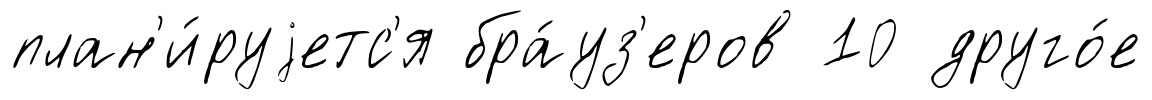
план'и́руjетс'я бра́уз'еров 10 друго́е